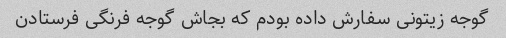
گوجه زیتونی سفارش داده بودم که بجاش گوجه فرنگی فرستادن